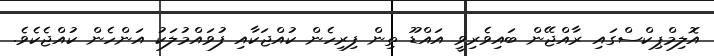
އޮލިމްޕިކްސްގައި ރާއްޖޭން ބައިވެރިވީ އައްޑޫ ތިން ފިރިހެން ކުއްޖަކާއި ފުވައްމުލަކު އަންހެން ކުއްޖެކެވެ.